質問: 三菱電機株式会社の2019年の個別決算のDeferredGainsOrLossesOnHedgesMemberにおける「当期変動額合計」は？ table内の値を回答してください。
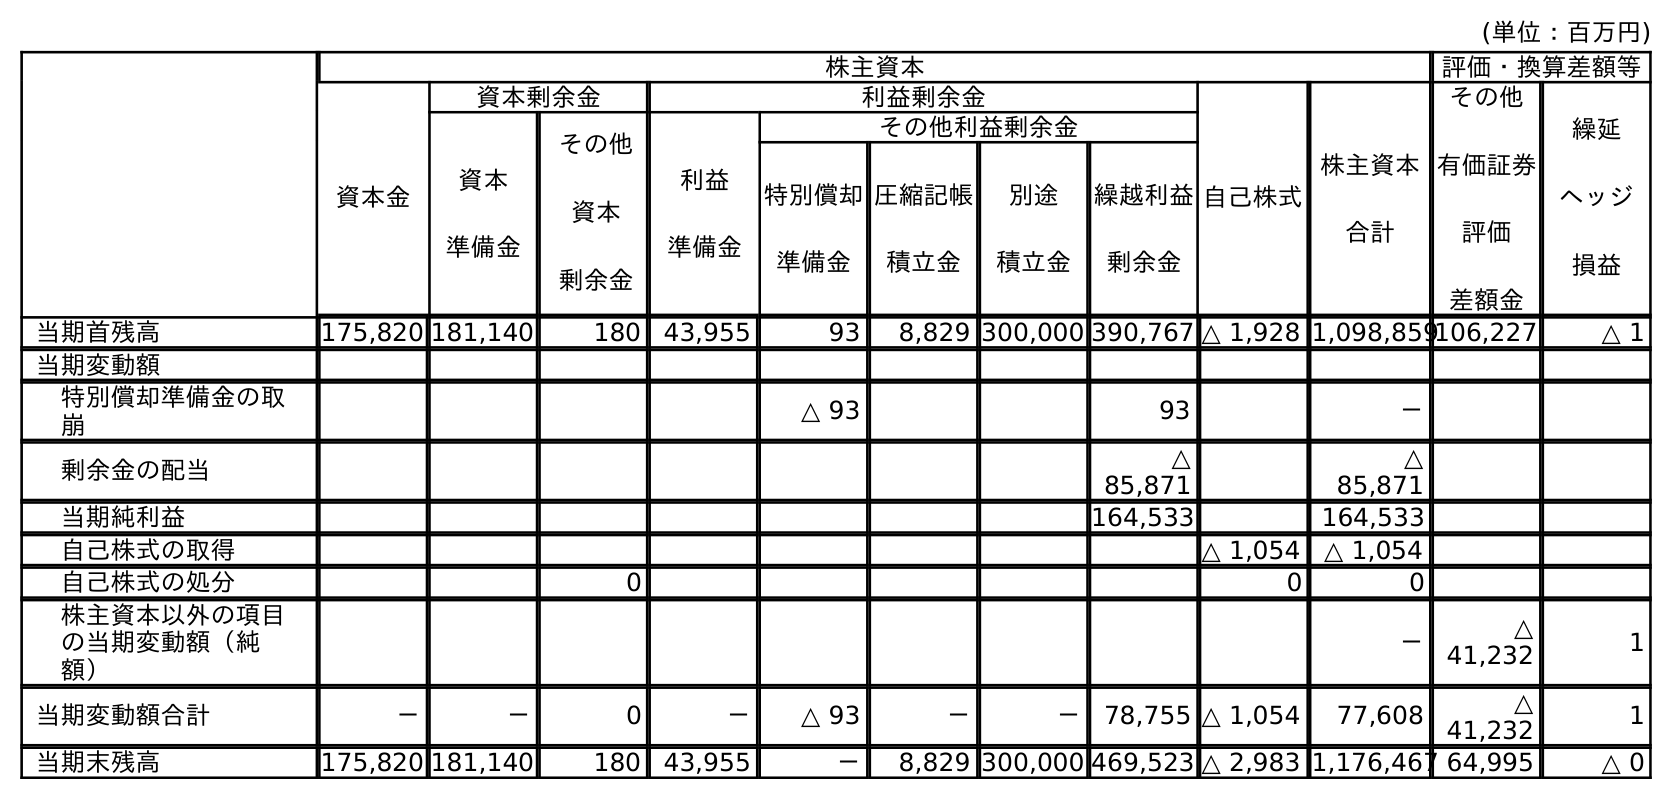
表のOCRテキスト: (単位：百万円) 株主資本 評価・換算差額等 資本金 資本剰余金 利益剰余金 自己株式 株主資本 合計 その他 有価証券 評価 差額金 繰延 ヘッジ 損益 資本 準備金 その他 資本 剰余金 利益 準備金 その他利益剰余金 特別償却 準備金 圧縮記帳 積立金 別途 積立金 繰越利益 剰余金 当期首残高 175,820 181,140 180 43,955 93 8,829 300,000 390,767 △ 1,928 1,098,859106,227 △ 1 当期変動額 特別償却準備金の取 崩 △ 93 93 － 剰余金の配当 △ 85,871 △ 85,871 当期純利益 164,533 164,533 自己株式の取得 △ 1,054 △ 1,054 自己株式の処分 0 0 0 株主資本以外の項目 の当期変動額（純 額） － △ 41,232 1 当期変動額合計 － － 0 － △ 93 － － 78,755 △ 1,054 77,608 △ 41,232 1 当期末残高 175,820 181,140 180 43,955 － 8,829 300,000 469,523 △ 2,983 1,176,467 64,995 △ 0
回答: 1